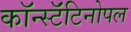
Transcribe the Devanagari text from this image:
कॉन्स्टॅंटिनोपल